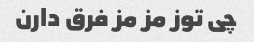
چی توز مز مز فرق دارن